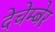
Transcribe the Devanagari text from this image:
देचेम्बेर